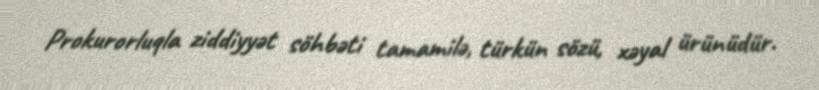
Prokurorluqla ziddiyyət söhbəti tamamilə, türkün sözü, xəyal ürünüdür.